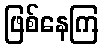
ဖြစ်နေကြ